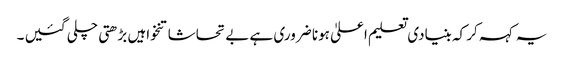
یہ کہہ کر کہ بنیادی تعلیم اعلیٰ ہونا ضروری ہے بے تحاشا تنخواہیں بڑھتی چلی گئیں ۔